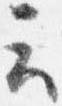
云